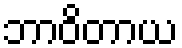
ဘာဝိတာယ